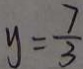
y = \frac { 7 } { 3 }